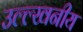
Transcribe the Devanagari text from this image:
उल्ल्खनीय